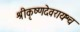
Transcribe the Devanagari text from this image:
श्रीकृष्णदेवरायश्च